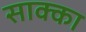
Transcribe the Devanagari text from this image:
साक्का